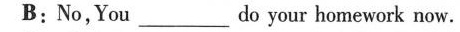
B:No,You_ do your homework now.